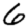
Digit: 6